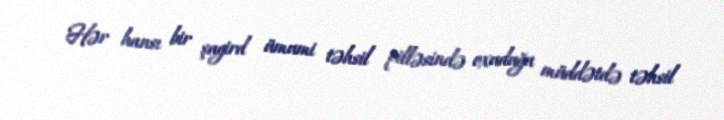
Hər hansı bir şagird ümumi təhsil pilləsində oxuduğu müddətdə təhsil